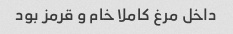
داخل مرغ کاملا خام و قرمز بود